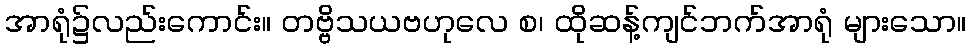
အာရုံ၌လည်းကောင်း။ တဗ္ဗိသယဗဟုလေ စ၊ ထိုဆန့်ကျင်ဘက်အာရုံ များသော။